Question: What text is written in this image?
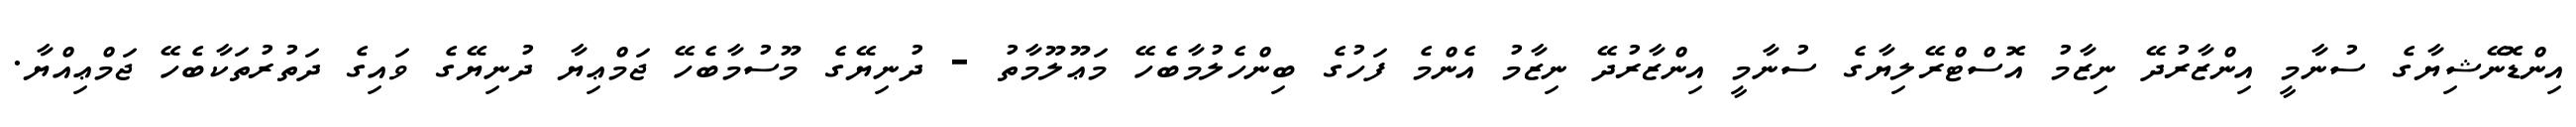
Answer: އިންޑޮނޭޝިޔާގެ ސުނާމީ އިންޒާރުދޭ ނިޒާމު އޮސްޓްރޭލިޔާގެ ސުނާމީ އިންޒާރުދޭ ނިޒާމު އެންމެ ފަހުގެ ބިންހެލުމާބެހޭ މަޢޫލޫމާތު - ދުނިޔޭގެ މޫސުމާބެހޭ ޖަމްޢިޔާ ދުނިޔޭގެ ވައިގެ ދަތުރުތަކާބެހޭ ޖަމްޢިއްޔާ.